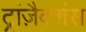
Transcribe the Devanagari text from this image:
ट्रांज़ैक्शंस